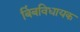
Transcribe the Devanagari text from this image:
बिंबविधायक